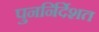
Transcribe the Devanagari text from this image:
पुनर्निर्देशत